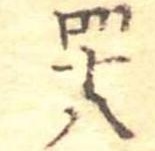
四十八